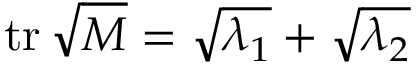
\operatorname { t r } { \sqrt { M } } = { \sqrt { \lambda _ { 1 } } } + { \sqrt { \lambda _ { 2 } } }